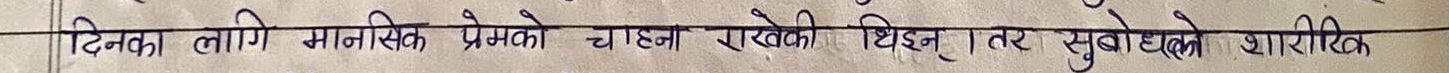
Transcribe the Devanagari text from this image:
दिनका लागि मानसिक प्रेमको चाहना राखेकी थिइन् तर सुबोधको शारीरिक